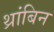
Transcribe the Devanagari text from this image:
थ्रांबिन